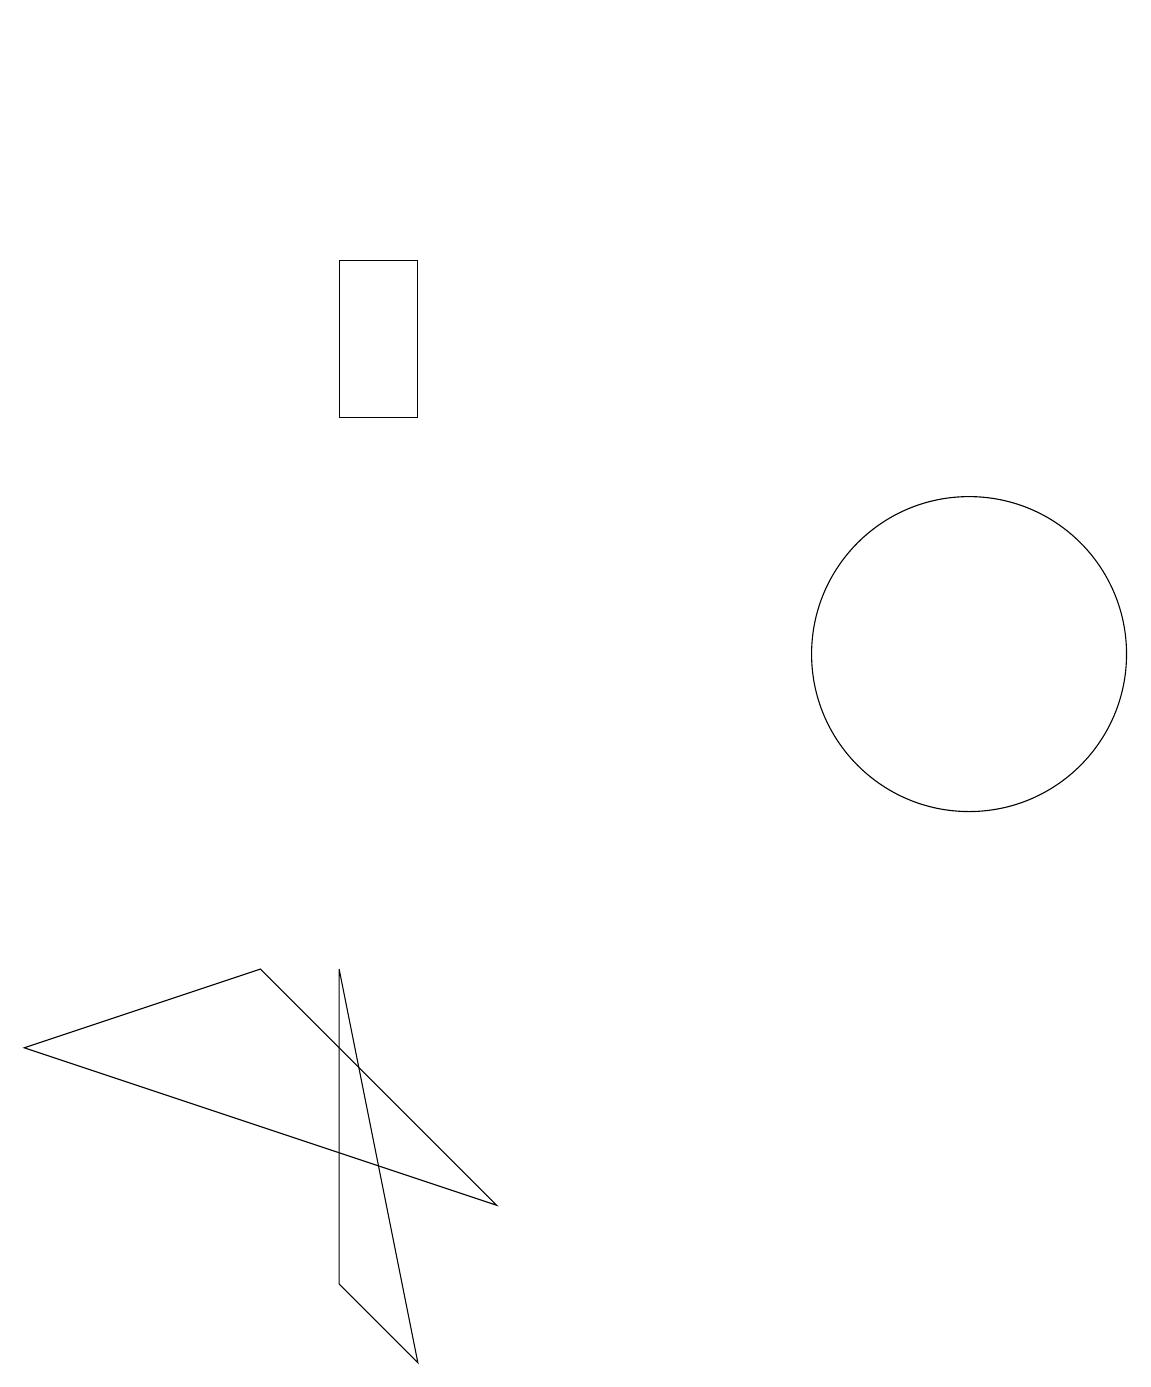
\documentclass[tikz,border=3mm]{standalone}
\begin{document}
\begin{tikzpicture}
\draw (1,19) rectangle (1,19);
\draw (5,2) -- (4,7) -- (4,3) -- cycle;
\draw (0,6) -- (3,7) -- (6,4) -- cycle;
\draw (12,11) circle (2);
\draw (4,14) rectangle (5,16);
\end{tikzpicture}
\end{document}